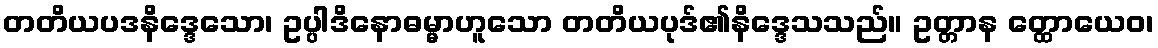
တတိယပဒနိဒ္ဒေသော၊ ဥပ္ပါဒိနောဓမ္မာဟူသော တတိယပုဒ်၏နိဒ္ဒေသသည်။ ဥတ္တာန တ္ထောယေဝ၊